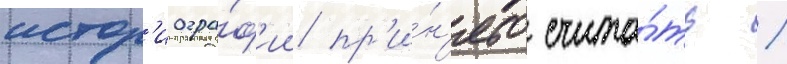
истор'иогра́ф'ии пр'и́н'ято счита́ть /